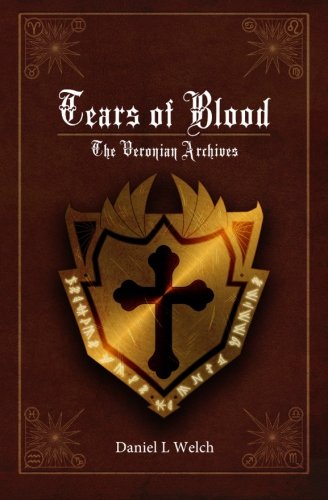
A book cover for Tears of Blood (The Veronian Archives); Daniel L. Welch; Science Fiction & Fantasy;